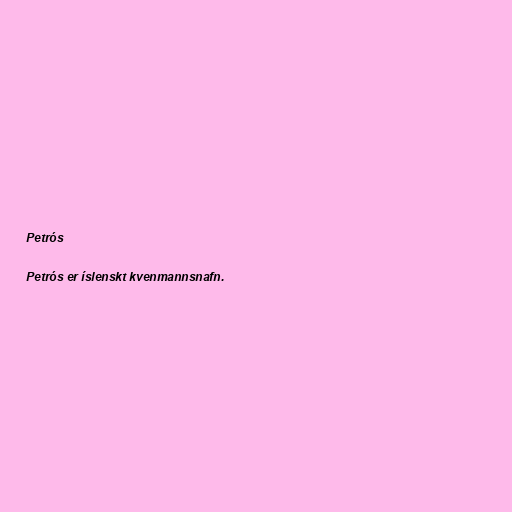
Petrós

Petrós er íslenskt kvenmannsnafn.